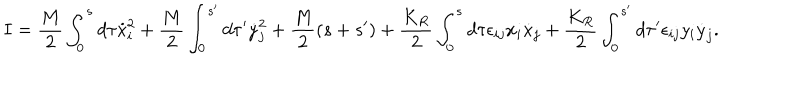
I = \frac { M } { 2 } \int _ { 0 } ^ { s } d \tau \dot { x } _ { i } ^ { 2 } + \frac { M } { 2 } \int _ { 0 } ^ { s ^ { \prime } } d \tau ^ { \prime } \dot { y } _ { j } ^ { 2 } + \frac { M } { 2 } ( s + s ^ { \prime } ) + \frac { K _ { R } } { 2 } \int _ { 0 } ^ { s } d \tau \epsilon _ { i j } x _ { i } \dot { x } _ { j } + \frac { K _ { R } } { 2 } \int _ { 0 } ^ { s ^ { \prime } } d \tau ^ { \prime } \epsilon _ { i j } y _ { i } \dot { y } _ { j } .